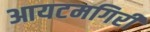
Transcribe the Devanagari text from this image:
आयटमगिरी